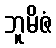
ဘူမိဇံ